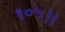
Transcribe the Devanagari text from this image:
१०५।।